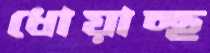
ধোয়াচ্ছ